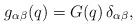
LaTeX: \begin{align*}g_{\alpha \beta}(q) = G(q)\, \delta_{\alpha \beta},\end{align*}